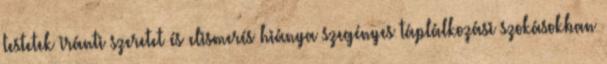
testetek iránti szeretet és elismerés hiánya szegényes táplálkozási szokásokban